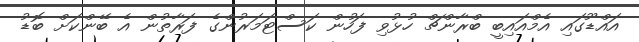
އައްޑޫގައި އެމްއައިބީ ބްރާންޗް ހުޅުވި ފަހުން ކަސްޓަމަރުންގެ ފަރާތުން އެ ބޭންކަށް ބޮޑު